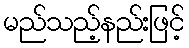
မည်သည့်နည်းဖြင့်